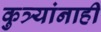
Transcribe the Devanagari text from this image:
कुत्र्यांनाही